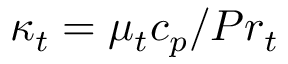
\kappa _ { t } = \mu _ { t } c _ { p } / P r _ { t }